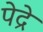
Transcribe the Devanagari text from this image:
पेद्रे